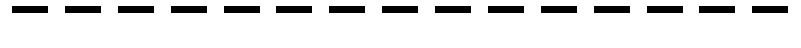
---------------